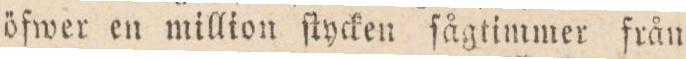
öfwer en million ftycken ſågtimmer från